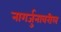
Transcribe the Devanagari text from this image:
नागर्जुनावरील